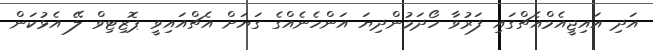
އަދި އައިޖީއެމްއެޗްގައި ފަރުވާ ހޯދަމުންދިޔަ އަންހެނެއްގެ ގަޔަށް އެޗްއައިވީ ޕޮޒިޓިވް ލޭ އެޅުކަން